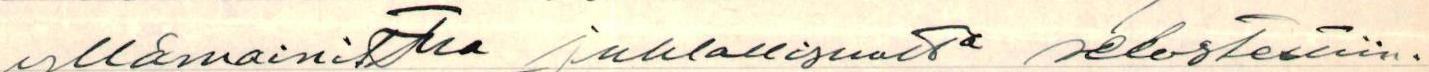
yllämainittua juhlallisuutta selostettiin.